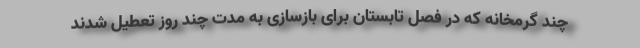
چند گرمخانه که در فصل تابستان برای بازسازی به مدت چند روز تعطیل شدند